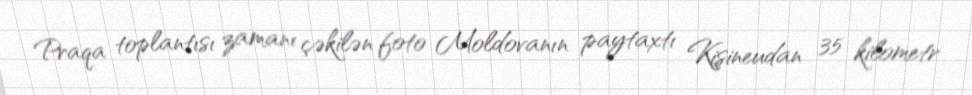
Praqa toplantısı zamanı çəkilən foto Moldovanın paytaxtı Kişineudan 35 kilometr